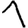
Digit: 1